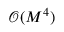
\mathcal { O } ( M ^ { 4 } )